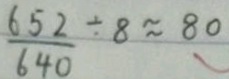
\frac { 6 5 2 } { 6 4 0 } \div 8 \approx 8 0